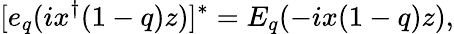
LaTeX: [e_{q}(ix^{\dagger}(1-q)z)]^{*}=E_{q}(-ix(1-q)z),